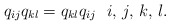
\begin{gather*} q_{ij} q_{kl}=q_{kl} q_{ij} \ \ i,\,j,\,k,\,l. \end{gather*}